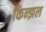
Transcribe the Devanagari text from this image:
किन्झल